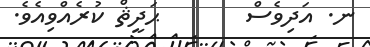
ނ. އަދިވެސް       ޙަދީޘް ކުރެއްވިއެވެ.